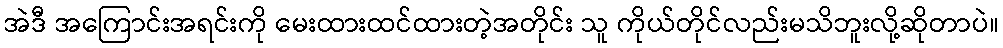
အဲဒီ အကြောင်းအရင်းကို မေးထားထင်ထားတဲ့အတိုင်း သူ ကိုယ်တိုင်လည်းမသိဘူးလို့ဆိုတာပဲ။